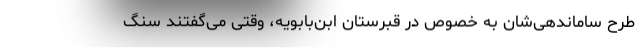
طرحِ ساماندهی‌شان به خصوص در قبرستان ابن‌بابویه، وقتی می‌گفتند سنگ